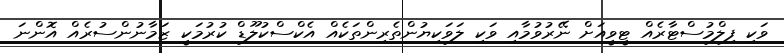
ވަކި ފިލްމުސްޓާރެއް ޓީވީއަށް ނޭރުވުމާއި ވަކި ލަވަކިޔުންތެރިންތަކެއް އެކްސްކުލޫޑް ކުރުމަކީ ޒަމާނުންސުރެއް އޮންނަ